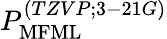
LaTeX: P_{\mathrm{MFML}}^{(TZVP;3-21G)}